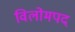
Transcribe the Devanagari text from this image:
विलोमपद